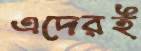
এদেরই